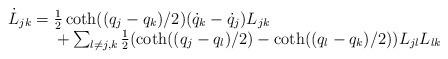
LaTeX: \begin{align*}\begin{array}{l}\dot L_{jk}=\frac{1}{2}\coth((q_{j}-q_{k})/2)(\dot q_{k}-\dot q_{j})L_{jk}\\\quad\quad\quad+\sum_{l\neq j,k}\frac{1}{2} (\coth((q_{j}-q_{l})/2)-\coth((q_{l}-q_{k})/2))L_{jl}L_{lk}\end{array}\end{align*}